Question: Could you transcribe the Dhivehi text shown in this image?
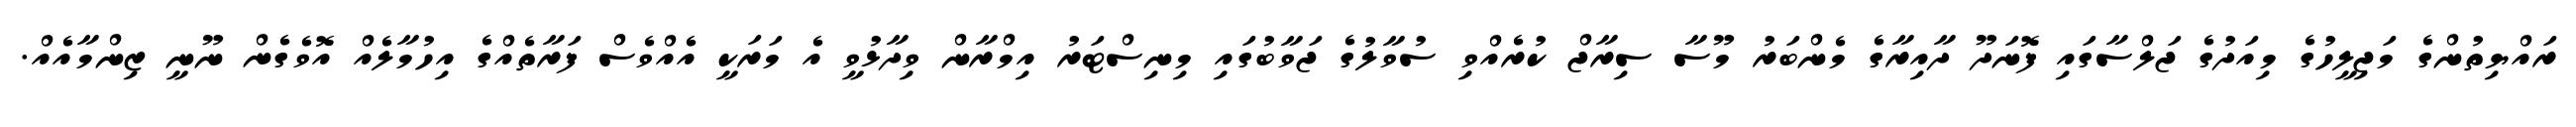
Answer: ރައްޔިތުންގެ މަޖިލީހުގެ މިއަދުގެ ޖަލްސާގައި ފޮނަދޫ ދާއިރާގެ މެންބަރު މޫސާ ސިރާޖް ކުރެއްވި ސުވާލުގެ ޖަވާބުގައި މިނިސްޓަރު އިމްރާން ވިދާޅުވީ އެ މަރަކީ އެއްވެސް ފަރާތެއްގެ އިހުމާލެއް އޮވެގެން ނޫނީ ޒިންމާއެއް.